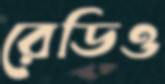
রেডিও